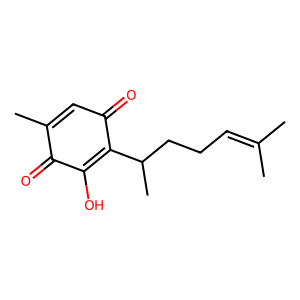
SMILES: CC(C)=CCCC(C)C1=C(O)C(=O)C(C)=CC1=O
Inhibits HIV replication: No